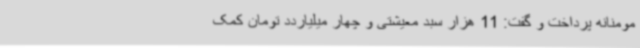
مومنانه پرداخت و گفت: 11 هزار سبد معیشتی و چهار میلیاردد تومان کمک